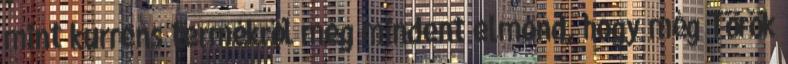
mint kurrens termékről meg mindent elmond, hogy még Török